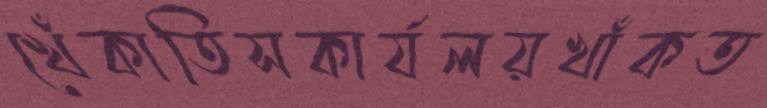
খেঁকাতিসকার্যলয়খাঁকত